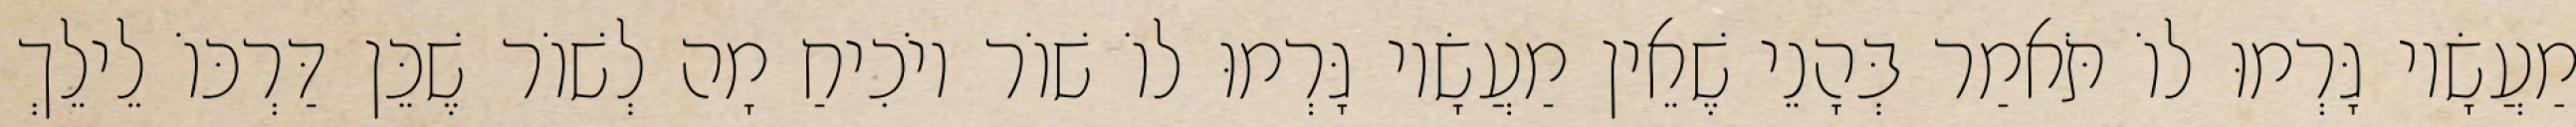
מַעֲשָׂיו גָּרְמוּ לוֹ תֹּאמַר בְּהָנֵי שֶׁאֵין מַעֲשָׂיו גָּרְמוּ לוֹ שׁוֹר יוֹכִיחַ מָה לְשׁוֹר שֶׁכֵּן דַּרְכּוֹ לֵילֵךְ